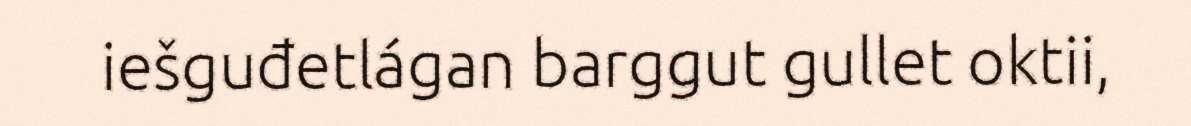
iešguđetlágan barggut gullet oktii,